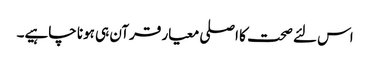
اس لئے صحت کا اصلی معیار قرآن ہی ہونا چاہیے۔